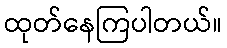
ထုတ်နေကြပါတယ်။